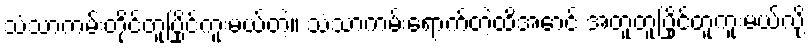
သံသာကမ်းတိုင်တူပြိုင်ကူးမယ်တဲ့။ သံသာကမ်းရောက်တဲ့ထိအောင် အတူတူပြိုင်တူကူးမယ်လို့